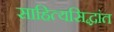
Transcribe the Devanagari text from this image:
साहित्यसिद्धांत